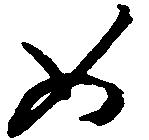
如